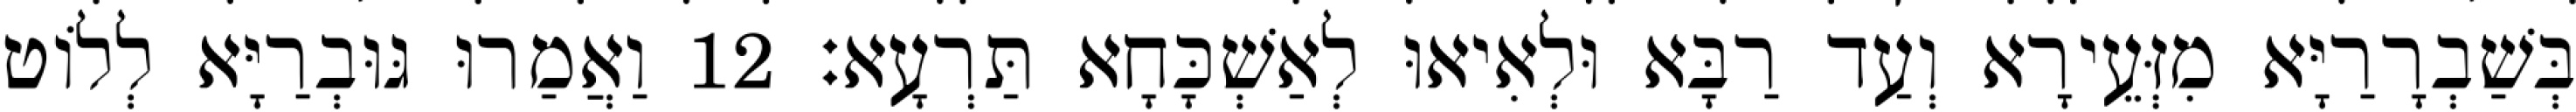
בְּשַׁבְרָרַיָּא מִזְּעֵירָא וְעַד רַבָּא וּלְאִיאוּ לְאַשְׁכָּחָא תַּרְעָא׃ 12 וַאֲמַרוּ גּוּבְרַיָּא לְלוֹט